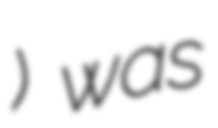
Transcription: الزاب) was